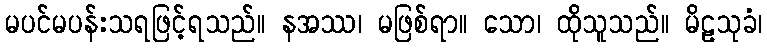
မပင်မပန်းသရဖြင့်ရသည်။ နအဿ၊ မဖြစ်ရာ။ သော၊ ထိုသူသည်။ မိဠသုခံ၊